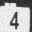
Digit: 4